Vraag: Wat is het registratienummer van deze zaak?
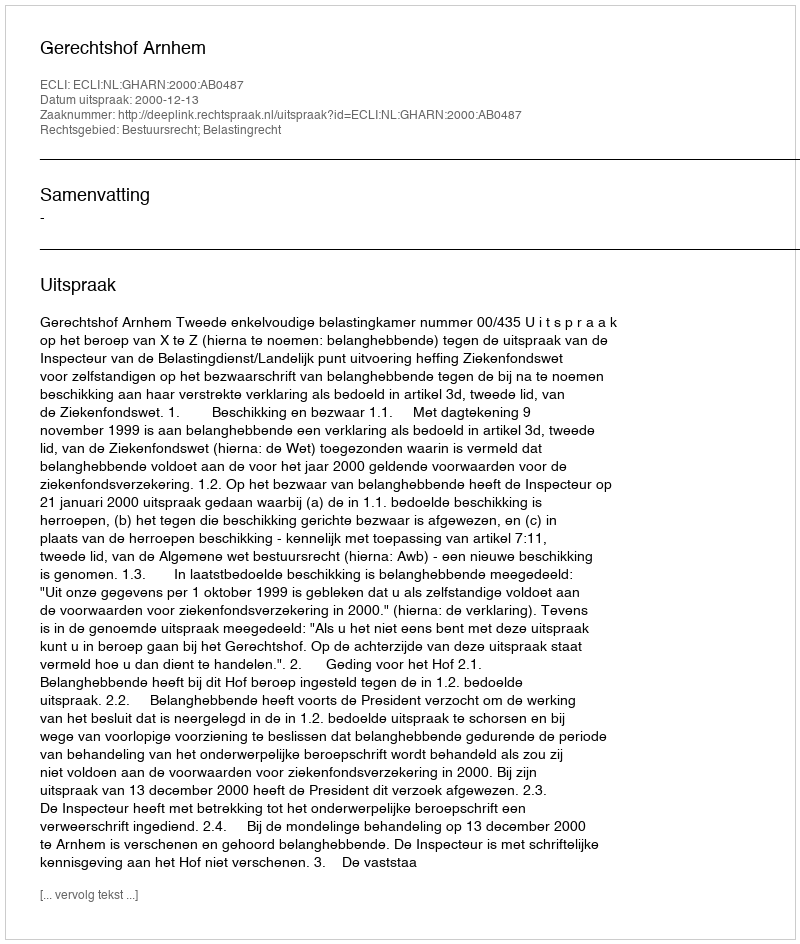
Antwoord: http://deeplink.rechtspraak.nl/uitspraak?id=ECLI:NL:GHARN:2000:AB0487